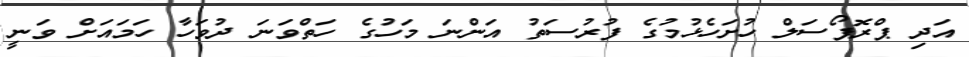
އަދި ޕްރޮޕޯސަލް ހުށަހެޅުމުގެ ފުރުސަތު އަންނަ މަހުގެ ހަތްވަނަ ދުވަހާ ހަމައަށް ވަނީ